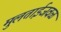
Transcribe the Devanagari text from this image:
मुलताईजवळ